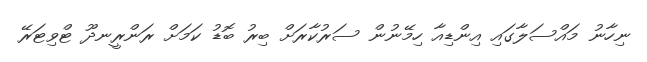
ނިހާނު މައްސަލާގައި އިންޑިއާ ހިމޭނުން ސަރުކާރަށް ބިރު ބޮޑު ކަމަށް ރަންރީނދޫ ޓްވިޓަރޭ